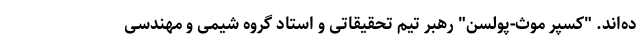
ده‌اند. "کسپر موث-پولسن" رهبر تیم تحقیقاتی و استاد گروه شیمی و مهندسی